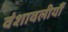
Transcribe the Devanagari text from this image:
वंशावलीयौं